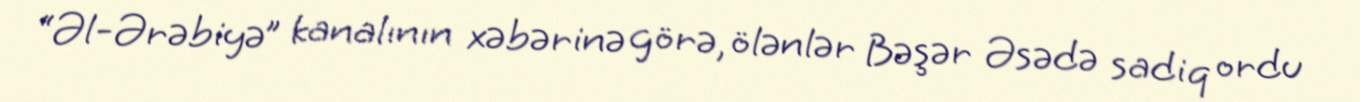
“Əl-Ərəbiyə” kanalının xəbərinə görə, ölənlər Bəşər Əsədə sadiq ordu